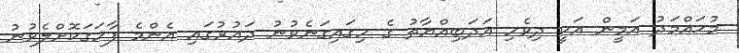
މުޙައްމަދު އަމީން އަކީ ދިވެހި އަދަބިއްޔާތު ގެ ހިގައިގަނެވުނު ދައުރުގައި އެންމެ ފާހަގަކޮށްލެވުނު